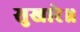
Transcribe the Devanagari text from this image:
सुखारे॥